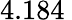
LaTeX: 4.184\